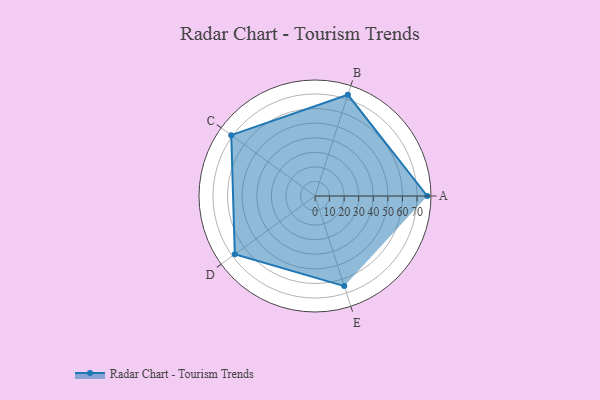
{"axis": {"x": "Skill", "y": "Score"}, "legend": ["Profile"], "data": [{"x": "A", "y": 77.0, "type": "Profile"}, {"x": "B", "y": 73.0, "type": "Profile"}, {"x": "C", "y": 71.0, "type": "Profile"}, {"x": "D", "y": 68.0, "type": "Profile"}, {"x": "E", "y": 65.0, "type": "Profile"}]}